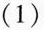
(1)